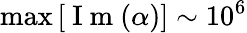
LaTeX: \operatorname*{max}\left[\mathrm{~I~m~}(\alpha)\right]\sim 10^{6}